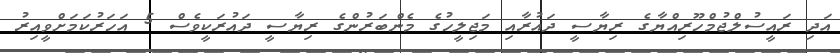
އަދި ރައީސުލްޖުމްހޫރިއްޔާގެ ރިޔާސީ ދައުރާއި މަޖިލީހުގެ މެންބަރުންގެ ރިޔާސީ ދައުރަކީވެސް 5 އަހަރުކަމަށްވީއިރު